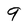
Character: 9